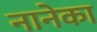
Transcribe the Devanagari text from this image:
नानेका